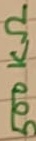
Text: 500KΩ